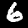
Label: 6